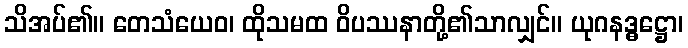
သိအပ်၏။ တေသံယေဝ၊ ထိုသမထ ဝိပဿနာတို့၏သာလျှင်။ ယုဂနဒ္ဓဋ္ဌော၊